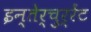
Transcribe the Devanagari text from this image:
इन्तेर्चुर्रेंट